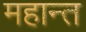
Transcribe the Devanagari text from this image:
महान्त